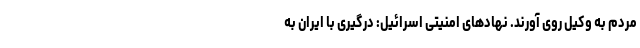
مردم به وکیل روی آورند. نهادهای امنیتی اسرائیل: درگیری با ایران به